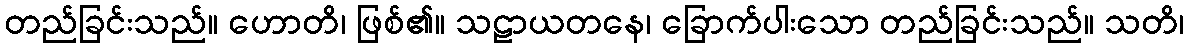
တည်ခြင်းသည်။ ဟောတိ၊ ဖြစ်၏။ သဠာယတနေ၊ ခြောက်ပါးသော တည်ခြင်းသည်။ သတိ၊